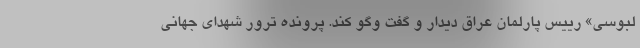
لبوسی» رییس پارلمان عراق دیدار و گفت وگو کند. پرونده ترور شهدای جهانی